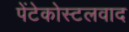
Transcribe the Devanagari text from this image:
पेंटेकोस्टलवाद